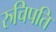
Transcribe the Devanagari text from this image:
रुचिपति